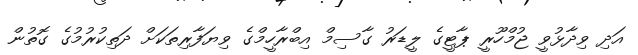
އަދި ވިދާޅުވީ ޖުމްހޫރީ ޕާޓީގެ ލީޑަރު ގާސިމް އިބްރާހީމްގެ ވިޔަފާރިތަކަށް ދަތިކުރުމުގެ ގޮތުން